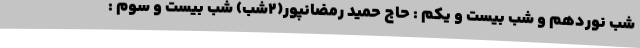
شب نوردهم و شب بیست و یکم : حاج حمید رمضانپور(۲شب) شب بیست و سوم :